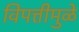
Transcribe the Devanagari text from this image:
विपत्तीमुळे